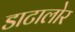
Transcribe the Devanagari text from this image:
डाटालोर